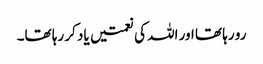
رو رہا تھا اور اللہ کی نعمتیں یاد کر رہا تھا۔